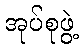
အုပ်စုဖွဲ့